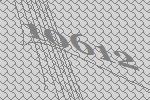
10612